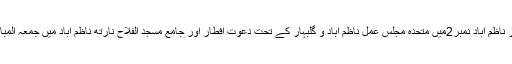
ان خیالات کا اظہار انہوں نے جمعہ کے روز ناظم آباد نمبر2میں متحدہ مجلس عمل ناظم آباد و گلبہار کے تحت دعوت افطار اور جامع مسجد الفلاح نارتھ ناظم آباد میں جمعہ المبارک کے خطبہ میں خطاب کرتے ہوئے کیا ۔